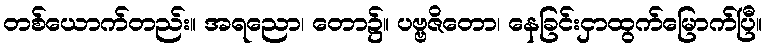
တစ်ယောက်တည်း။ အရညော၊ တော၌။ ပဗ္ဗဇိတော၊ နေခြင်းငှာထွက်မြောက်ပြီ။